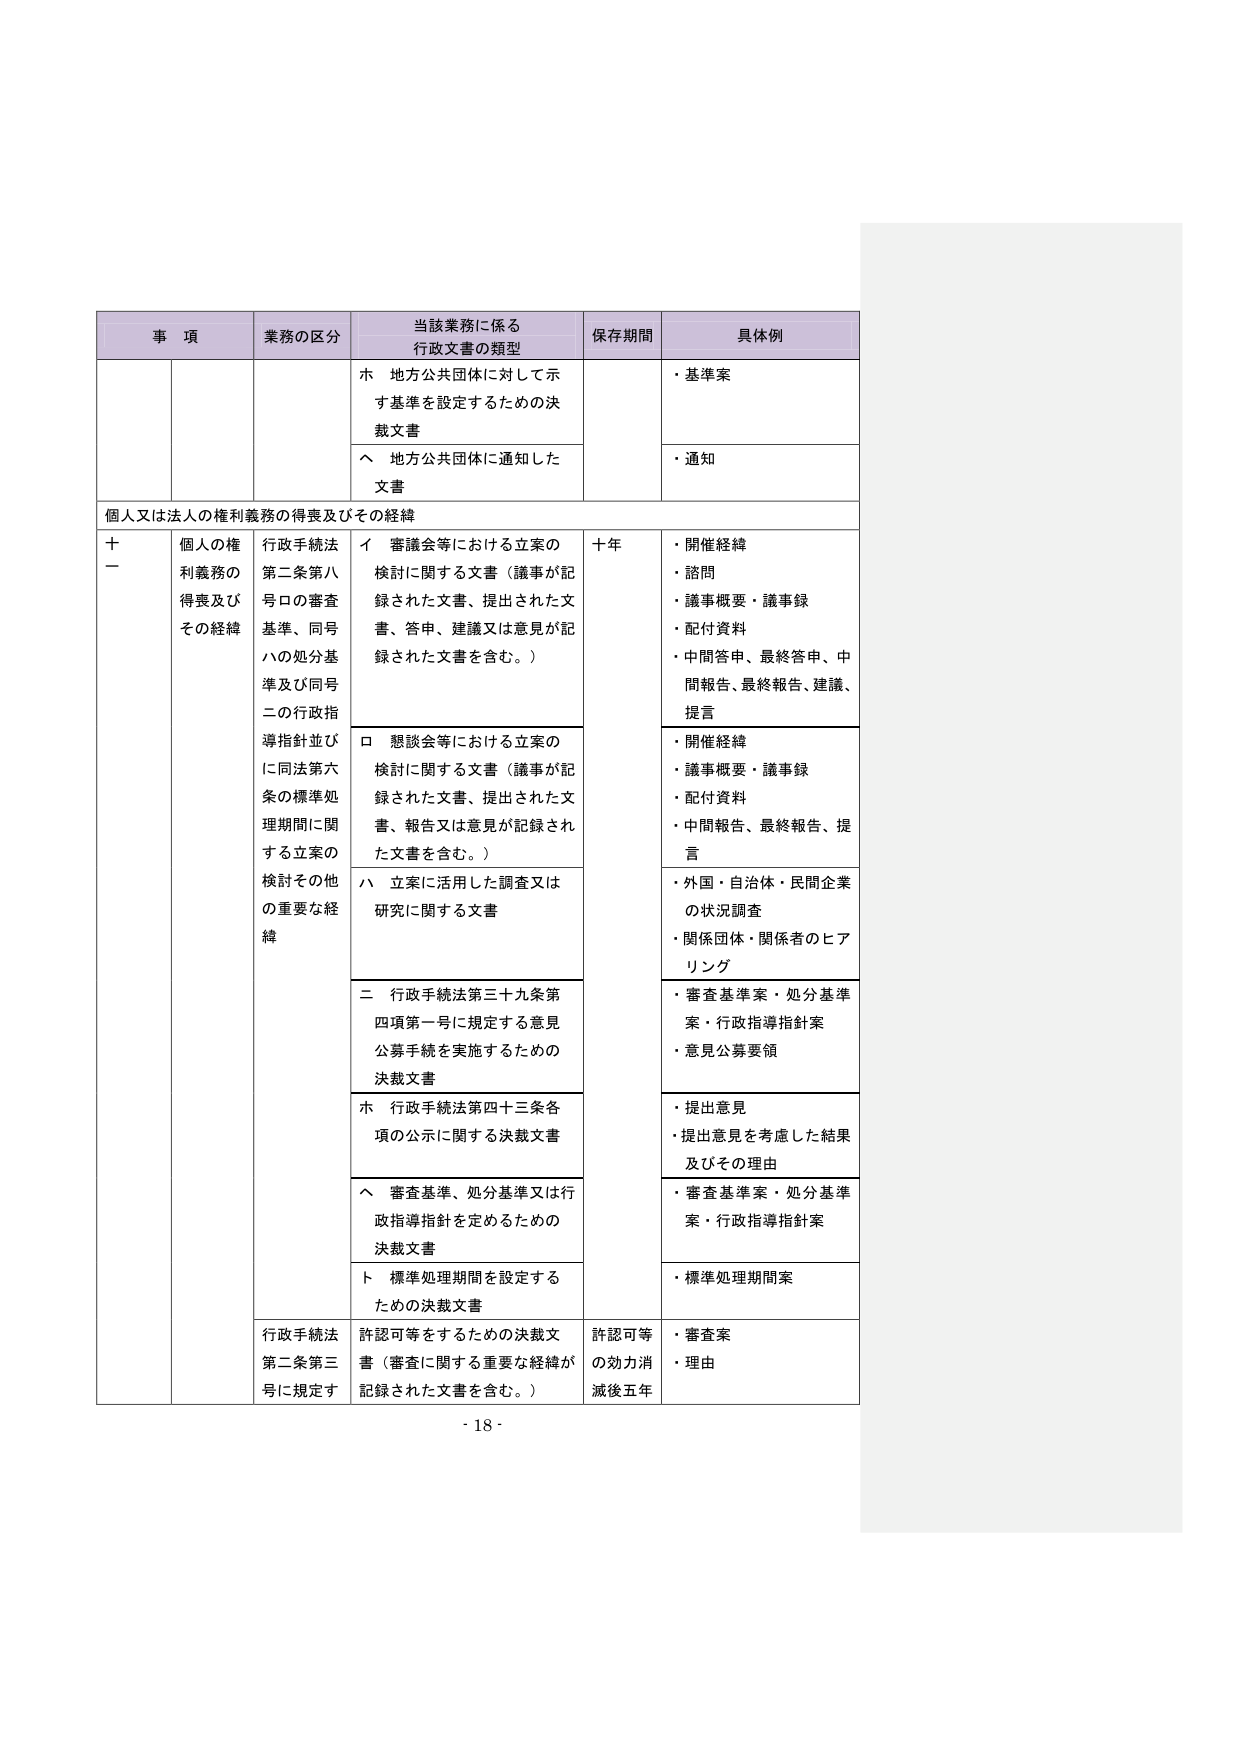
事 項 業務の区分 当該業務に係る 行政文書の類型 保存期間 具体例 ホ 地方公共団体に対して示 す基準を設定するための決 裁文書 ・基準案 へ 地方公共団体に通知した 文書 ・通知 個人又は法人の権利義務の得喪及びその経緯 十一 個人の権 利義務の 得喪及び その経緯 行政手続法 第二条第八 号ロの審査 基準、同号 ハの処分基 準及び同号 二の行政指 導指針並び に同法第六 条の標準処 理期間に関 する立案の 検討その他 の重要な経 緯 イ 審議会等における立案の 検討に関する文書（議事が記 録された文書、提出された文 書、答申、建議又は意見が記 録された文書を含む。） 十年 ・開催経緯 ・諮問 ・議事概要・議事録 ・配付資料 ・中間答申、最終答申、中 間報告、最終報告、建議、 提言 ロ 懇談会等における立案の 検討に関する文書（議事が記 録された文書、提出された文 書、報告又は意見が記録され た文書を含む。） ・開催経緯 ・議事概要・議事録 ・配付資料 ・中間報告、最終報告、提 言 ハ 立案に活用した調査又は 研究に関する文書 ・外国・自治体・民間企業 の状況調査 ・関係団体・関係者のヒア リング 二 行政手続法第三十九条第 四項第一号に規定する意見 公募手続を実施するための 決裁文書 ・審査基準案・処分基準 案・行政指導指針案 ・意見公募要領 ホ 行政手続法第四十三条各 項の公示に関する決裁文書 ・提出意見 ・提出意見を考慮した結果 及びその理由 へ 審査基準、処分基準又は行 政指導指針を定めるための 決裁文書 ・審査基準案・処分基準 案・行政指導指針案 ト 標準処理期間を設定する ための決裁文書 ・標準処理期間案 行政手続法 第二条第三 号に規定す 許認可等をするための決裁文 書（審査に関する重要な経緯が 記録された文書を含む。） 許認可等 の効力消 滅後五年 ・審査案 ・理由 - 18 -